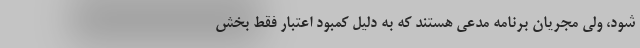
شود، ولی مجریان برنامه مدعی هستند که به دلیل کمبود اعتبار فقط بخش